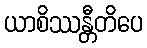
ယာစိဿန္တီတိပေ